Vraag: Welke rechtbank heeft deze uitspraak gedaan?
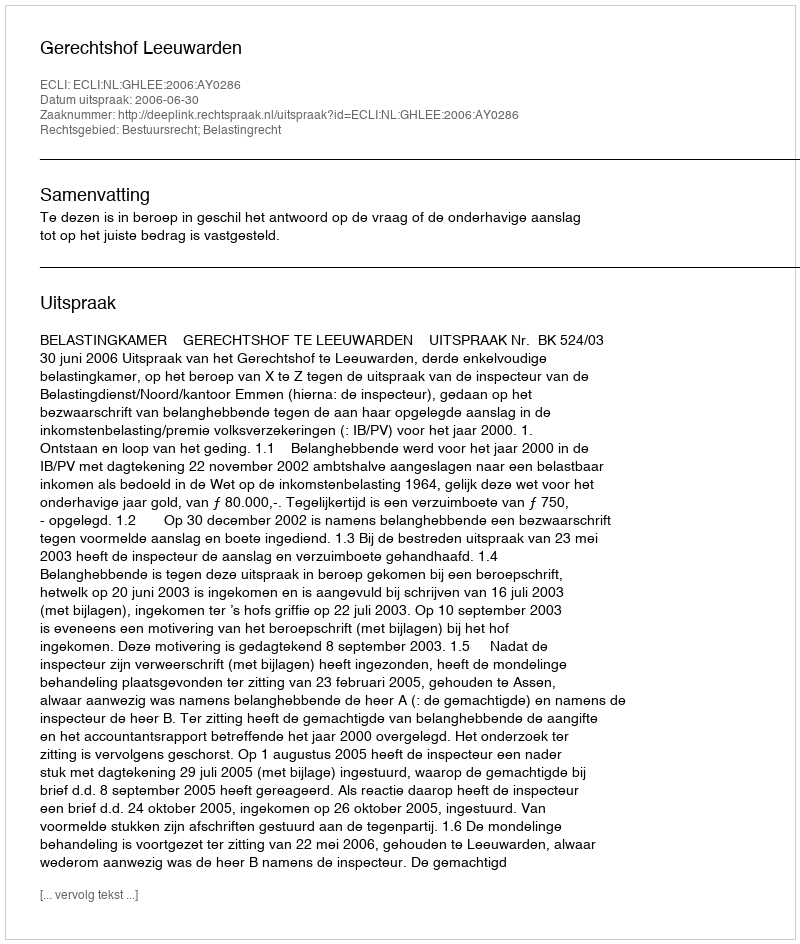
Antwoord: Gerechtshof Leeuwarden